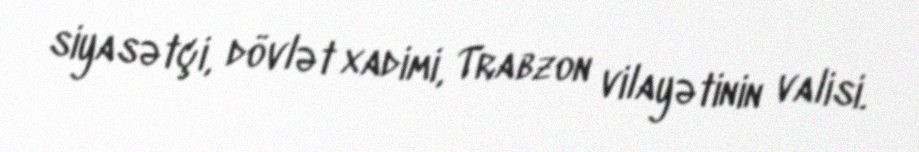
siyasətçi, dövlət xadimi, Trabzon vilayətinin valisi.